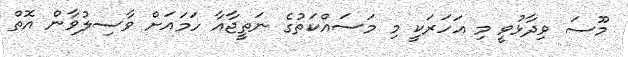
މޫސަ ވިދާޅުވީ މި އަހަރަކީ މި މަސައްކަތުގެ ނަތީޖާއާ ހަމައަށް ވާސިލުވާން އޮތް